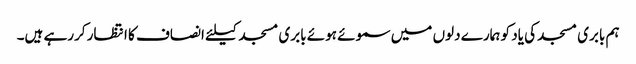
ہم بابری مسجد کی یاد کو ہمارے دلوں میں سموئے ہوئے بابری مسجد کیلئے انصاف کا انتظار کررہے ہیں۔